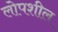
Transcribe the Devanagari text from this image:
लोपशील